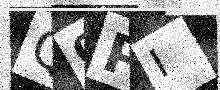
Text: Q0PI